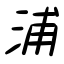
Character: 浦